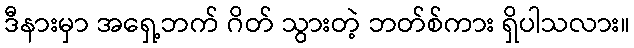
ဒီနားမှာ အရှေ့ဘက် ဂိတ် သွားတဲ့ ဘတ်စ်ကား ရှိပါသလား။